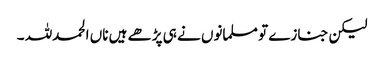
لیکن جنازے تو مسلمانوں نے ہی پڑھے ہیں ناں الحمدللہ ۔